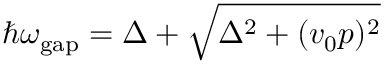
\hbar \omega _ { \mathrm { g a p } } = \Delta + \sqrt { \Delta ^ { 2 } + ( v _ { 0 } p ) ^ { 2 } }